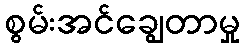
စွမ်းအင်ချွေတာမှု